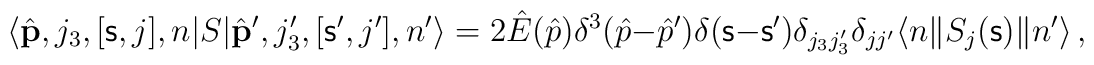
\langle \hat{\bf p},j_3,[{\mathsf s},j],n |S|      \hat{\bf p}',j_3',[{\mathsf s}',j'],n' \rangle =      2\hat{E}(\hat{p})\delta ^3 (\hat{p}-\hat{p}')      \delta({\mathsf s}-{\mathsf s}')      \delta _{j_3j_3'}\delta_{jj'} \langle n \| S_j({\mathsf s})\| n '\rangle      \, ,